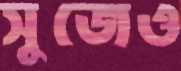
সুজেও